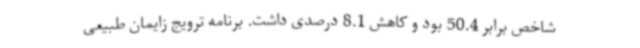
شاخص برابر 50.4 بود و کاهش 8.1 درصدی داشت. برنامه ترویج زایمان طبیعی